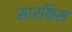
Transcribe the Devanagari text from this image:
सारकिस